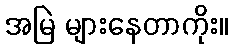
အမြဲ များနေတာကိုး။